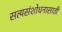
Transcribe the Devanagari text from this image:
सत्यसंशोधनासाठी